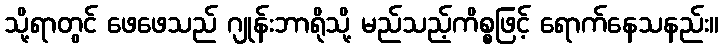
သို့ရာတွင် ဖေဖေသည် ဂျုန်းဘာရိုသို့ မည်သည့်ကိစ္စဖြင့် ရောက်နေသနည်း။